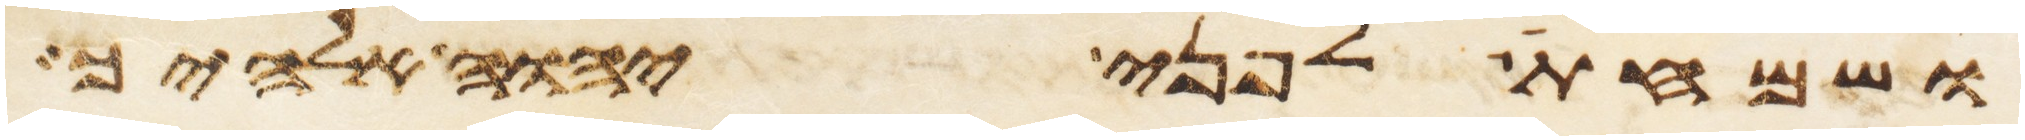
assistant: ושמחת לפני יהוה אלהיך